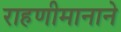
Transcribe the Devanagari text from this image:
राहणीमानाने